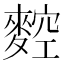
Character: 𪍂